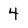
Character: 4